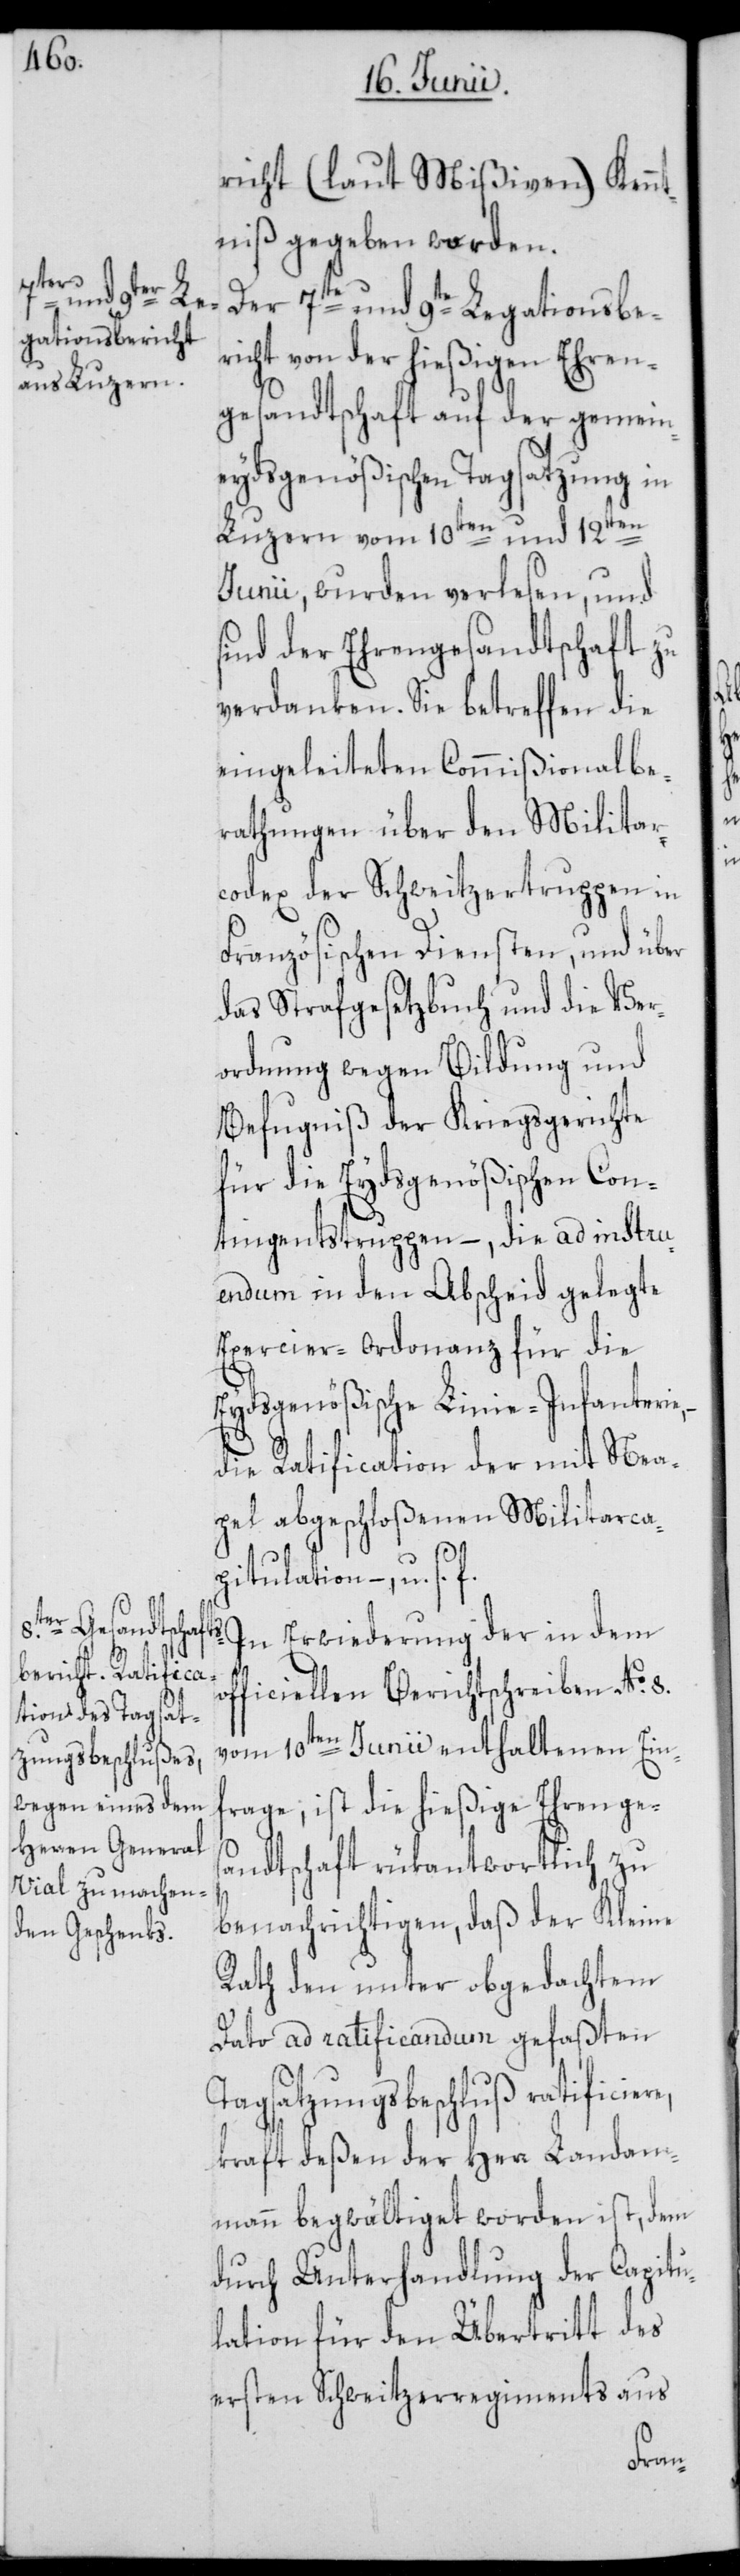
richt (laut Mißiven) Kenn¬
tniß gegeben worden.
Der 7te und 9te Legationsbe¬
richt von der hießigen Ehren¬
gesandtschaft auf der gemein¬
eydsgenößischen Tagsatzung in
Luzern vom 10ten und 12ten
Junii, wurden verlesen, und
sind der Ehrengesandtschaft zu
verdanken. Sie betreffend die
eingeleiteten Commißionalbe¬
rathungen über den Militar¬
codex der Schweitzertruppen in
Französischen Diensten, und über
das Strafgesetzbuch und die Ver¬
ordnung wegen Bildung und
Befugniß der Kriegsgerichte
für die Eydsgenößischen Con¬
tingentstruppen –, die ad instru¬
endum in den Abscheid gelegte
Exercier-Ordonanz für die
Eydsgenößische Linie-Infanterie,
die Ratification der mit Nea¬
pel abgeschloßenen Militarca¬
pitulation –, u. s.
In Erwiederung der in dem
officiellen Berichtschreiben No. 8.
vom 10ten Junii enthaltenen Einf¬
rage; ist die hießige Ehrenges¬
andtschaft rükantwortlich zu
benachrichtigen, daß der Kleine
Rath den unter obgedachtem
Dato ad ratificandum gefaßten
Tagsatzungsbeschluß ratificiere,
kraft deßen der Herr Landam¬
mann begwältiget worden ist, dem
durch Unterhandlung der Capitu¬
lation für den Übertritt des
ersten Schweitzerregiments aus